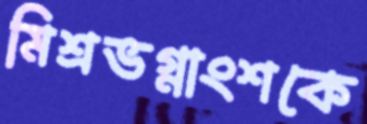
মিশ্রভগ্নাংশকে